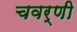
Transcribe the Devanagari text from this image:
चवर्णी